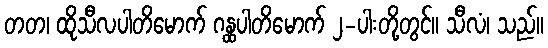
တတ၊ ထိုသီလပါတိမောက် ဂန္ထပါတိမောက် ၂-ပါးတို့တွင်။ သီလံ၊ သည်။